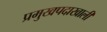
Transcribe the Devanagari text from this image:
प्रमुखपदाखाली